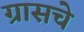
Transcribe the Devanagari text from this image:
ग्रासचे